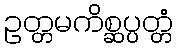
ဥတ္တမကိစ္ဆပ္ပတ္တံ